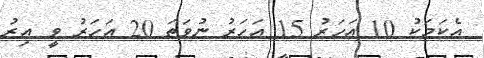
އެކަމަކު 10 އަހަރު 15 އަހަރު ނުވަތަ 20 އަހަރު ވީ އިރު